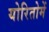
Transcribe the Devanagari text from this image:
योरितोमें